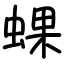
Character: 蜾